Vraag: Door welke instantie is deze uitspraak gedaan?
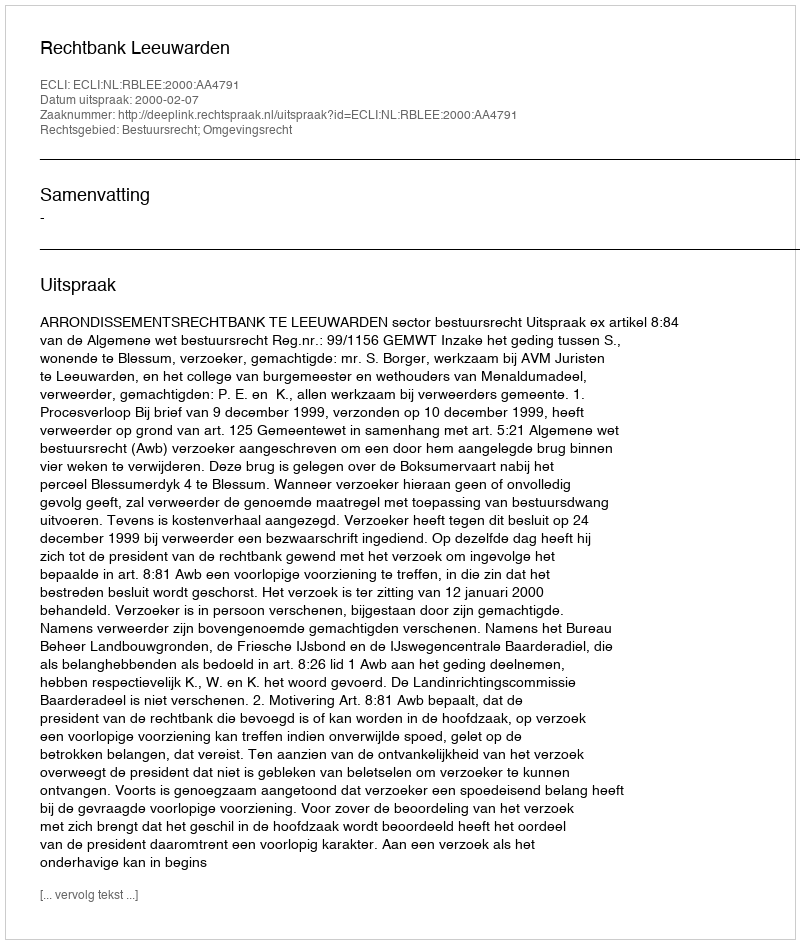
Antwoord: Rechtbank Leeuwarden